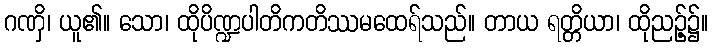
ဂဏှိ၊ ယူ၏။ သော၊ ထိုပိဏ္ဍပါတိကတိဿမထေရ်သည်။ တာယ ရတ္တိယာ၊ ထိုညဉ့်၌။